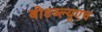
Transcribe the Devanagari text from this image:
बीडब्ल्यूएच